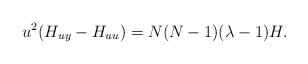
LaTeX: \begin{align*}u^2(H_{uy}-H_{uu})=N(N-1)(\lambda-1) H.\end{align*}